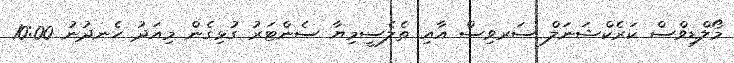
މޯލްޑިވްސް ކަރެކްޝަނަލް ސަރވިސް އާއި ތެލެސީމިޔާ ސެންޓަރު ގުޅިގެން މިއަދު ހެނދުނު 10:00